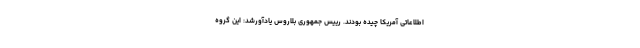
اطلاعاتی آمریکا چیده بودند. رییس جمهوری بلاروس یادآورشد: این گروه